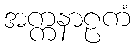
အက္ကနာဠကံ